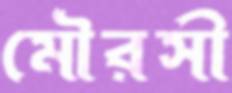
মৌরসী